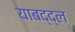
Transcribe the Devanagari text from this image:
याबद्द्ल